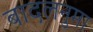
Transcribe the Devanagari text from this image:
बादलनुमा